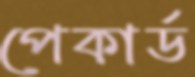
পেকার্ড